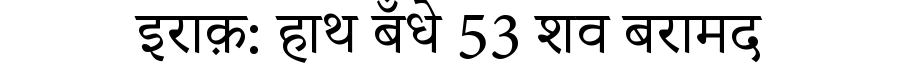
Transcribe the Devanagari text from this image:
इराक़: हाथ बँधे 53 शव बरामद